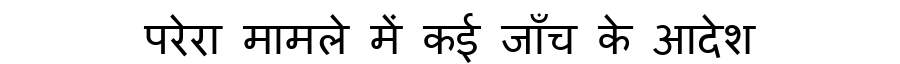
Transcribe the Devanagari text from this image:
परेरा मामले में कई जाँच के आदेश